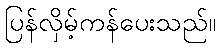
ပြန်လှိမ့်ကန်ပေးသည်။